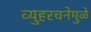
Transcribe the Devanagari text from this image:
व्युहरचनेमुळे